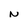
Character: N